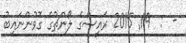
-  :  19